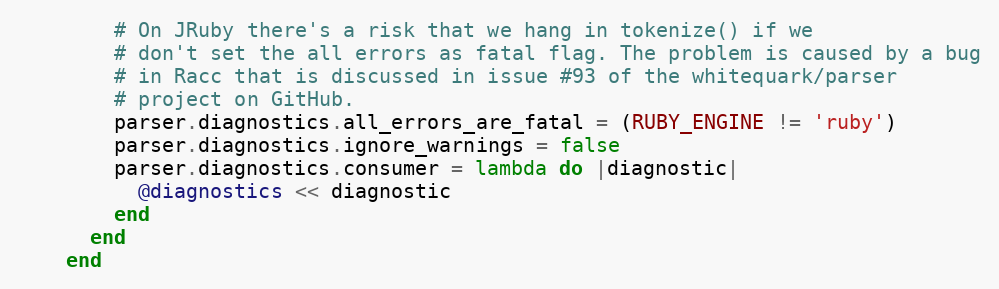
Language: Ruby
        # On JRuby there's a risk that we hang in tokenize() if we
        # don't set the all errors as fatal flag. The problem is caused by a bug
        # in Racc that is discussed in issue #93 of the whitequark/parser
        # project on GitHub.
        parser.diagnostics.all_errors_are_fatal = (RUBY_ENGINE != 'ruby')
        parser.diagnostics.ignore_warnings = false
        parser.diagnostics.consumer = lambda do |diagnostic|
          @diagnostics << diagnostic
        end
      end
    end